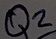
Text: Q2